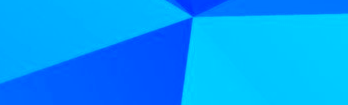
BestPrices